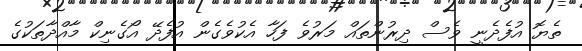
ތެޔޮ އުފެދެނީ ވެސް ދިރުންތައް މަރުވެ ފަހާ އެކުވެގެން އުފެދޭ އޯގެނިކް މާއްދާތަކުގެ